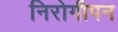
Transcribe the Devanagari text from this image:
निरोगीपन